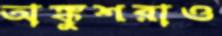
অঙ্কুশরাও